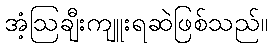
အံ့ဩချီးကျူးရဆဲဖြစ်သည်။